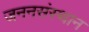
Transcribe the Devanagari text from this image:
जननसंस्थान